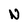
Character: N